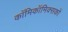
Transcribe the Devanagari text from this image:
काॅमिकॉमिक्सकों